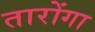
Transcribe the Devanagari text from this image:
तारोंगा